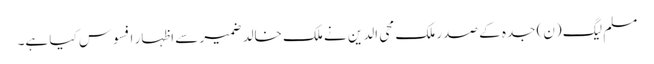
مسلم لیگ (ن) جدہ کے صدر ملک محی الدین نے ملک خالد ضمیر سے اظہار افسوس کیا ہے۔